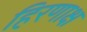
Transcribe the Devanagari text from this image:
हिरणाक्ष